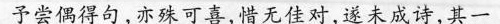
予尝偶得句，亦殊可喜，惜无佳对，遂未成诗，其一